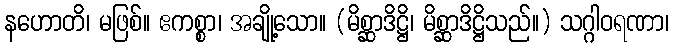
နဟောတိ၊ မဖြစ်။ ဧကစ္စာ၊ အချို့သော။ (မိစ္ဆာဒိဋ္ဌိ၊ မိစ္ဆာဒိဋ္ဌိသည်။) သဂ္ဂါဝရဏာ၊